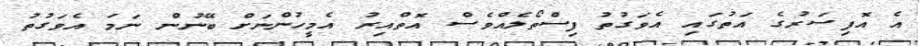
އެ އޮފިސަރުގެ އަތުގައި އެވަގުތު ފިސްތޯލެއްވެސް އޮތްއިރު އެމީހުންނަށް ބޭނުން ނަމަ އެވަގުތު